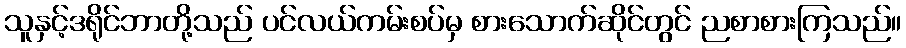
သူနှင့်ဒရိုင်ဘာတို့သည် ပင်လယ်ကမ်းစပ်မှ စားသောက်ဆိုင်တွင် ညစာစားကြသည်။